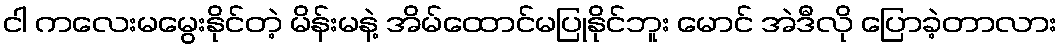
ငါ ကလေးမမွေးနိုင်တဲ့ မိန်းမနဲ့ အိမ်ထောင်မပြုနိုင်ဘူး မောင် အဲဒီလို ပြောခဲ့တာလား